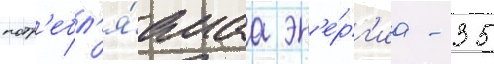
потр'ебл'я́емаа эн'е́рг'иа - 35